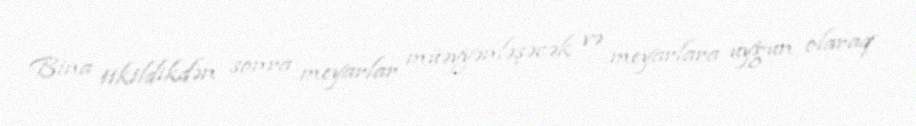
Bina tikildikdən sonra meyarlar müəyyənləşəcək və meyarlara uyğun olaraq